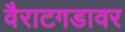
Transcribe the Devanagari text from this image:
वैराटगडावर